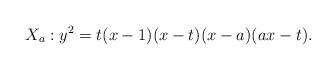
LaTeX: \begin{align*}X_a:y^2=t(x-1)(x-t)(x-a)(ax-t).\end{align*}